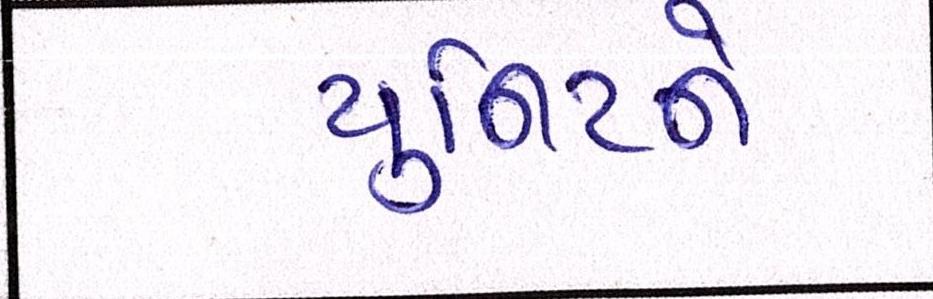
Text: યુનિટને